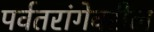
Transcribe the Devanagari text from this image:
पर्वतरांगेवरील